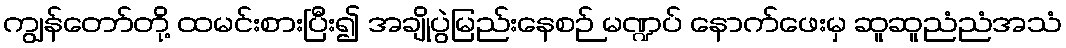
ကျွန်တော်တို့ ထမင်းစားပြီး၍ အချိုပွဲမြည်းနေစဉ် မဏ္ဍပ် နောက်ဖေးမှ ဆူဆူညံညံအသံ